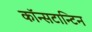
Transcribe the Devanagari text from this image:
कॉन्सटान्टिन